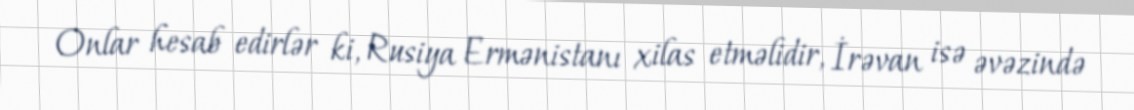
Onlar hesab edirlər ki, Rusiya Ermənistanı xilas etməlidir, İrəvan isə əvəzində